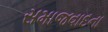
સમાજવાદના